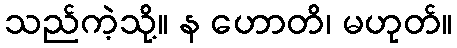
သည်ကဲ့သို့။ န ဟောတိ၊ မဟုတ်။